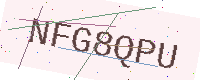
Text: NFG8QPU